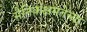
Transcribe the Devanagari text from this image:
सैनिकक्षमतेच्या